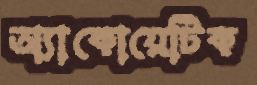
অ্যাকোয়েটিক